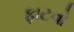
ફાટવો